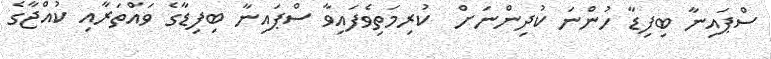
ސްޕައިނާ ބިފިޑާ ހުންނަ ކުދިންނަށް  ކުރިމަތިވެފައިވާ ސްޕައިނާ ބިފިޑާގެ ވައްތަރާއި ކުއްޖާގެ